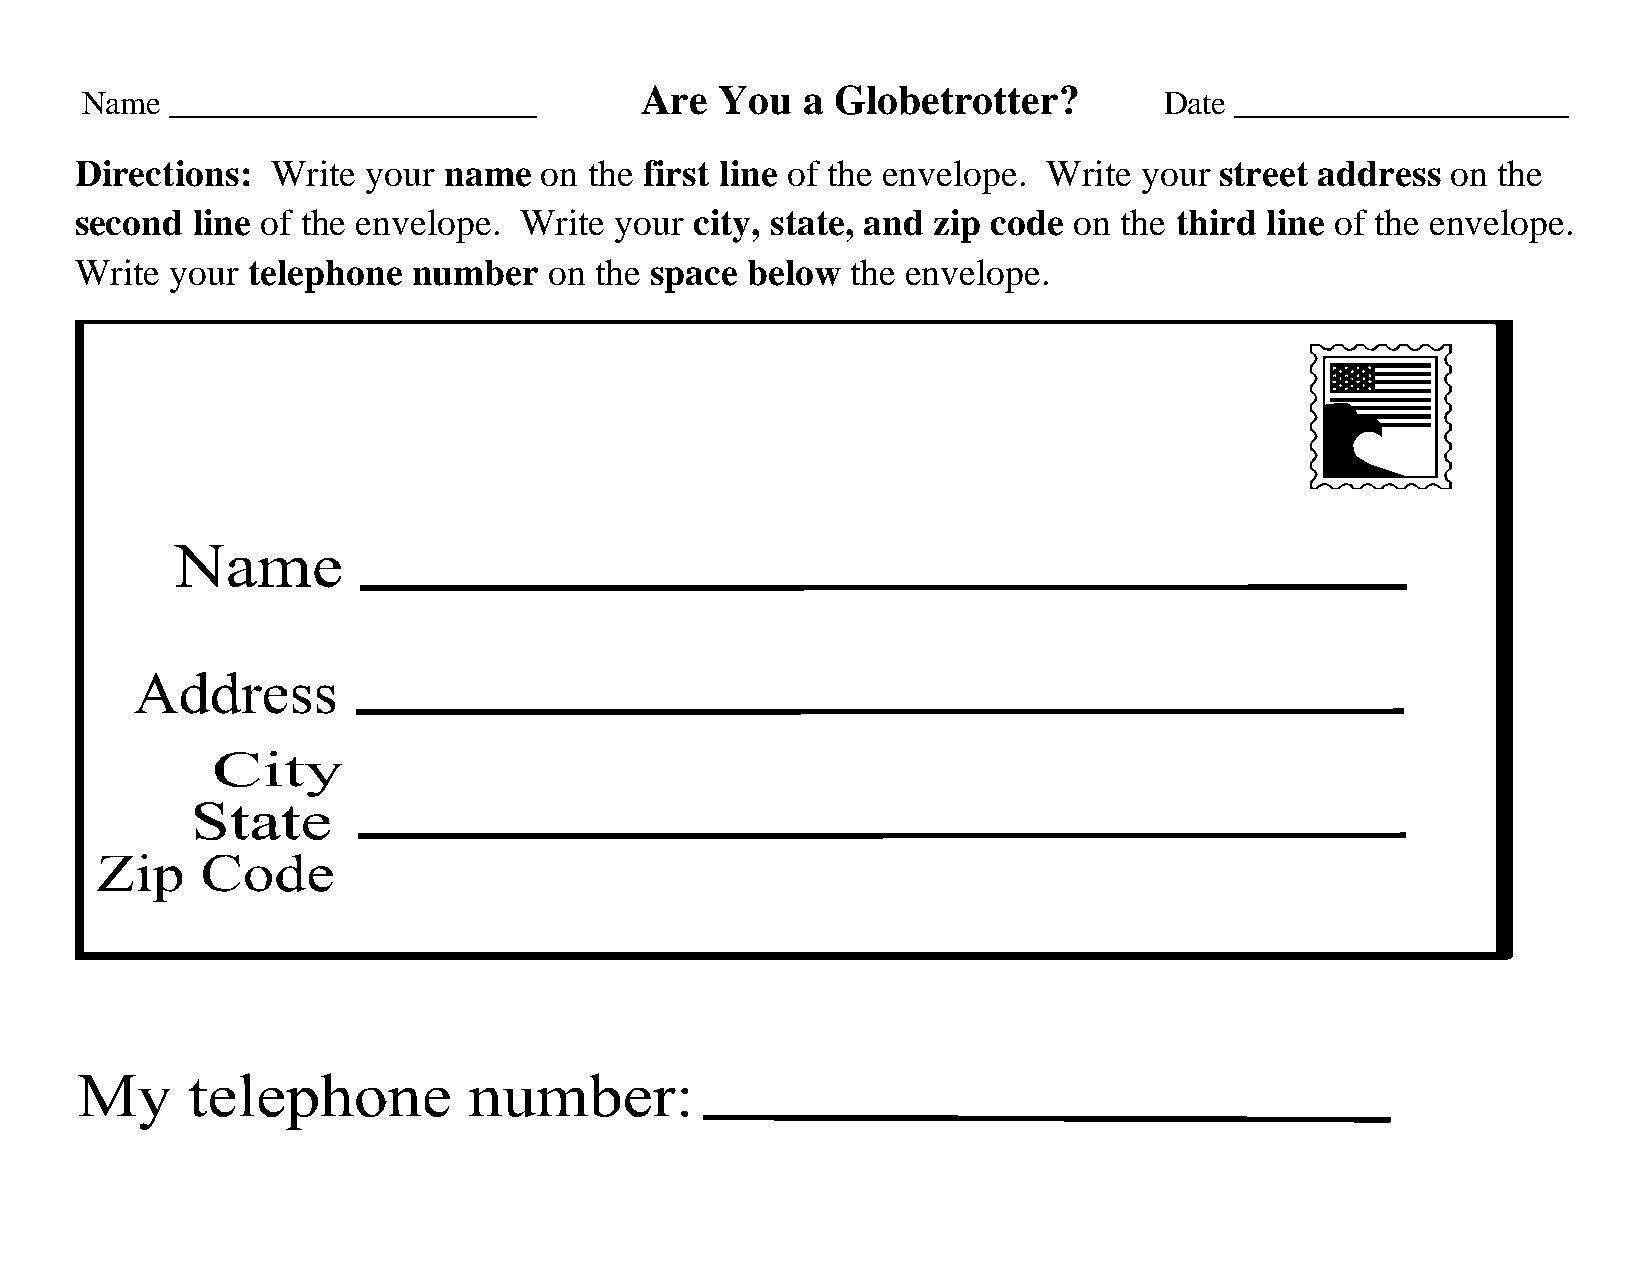
Are   You  a Globetrotter?
 Name  ______________________                                            Date ____________________
 Directions:  Write your name   on the first line of the envelope. Write your street address on the
 second  line of the envelope. Write your city, state, and zip code on the third line of the envelope.
 Write your telephone  number   on the space below  the envelope.